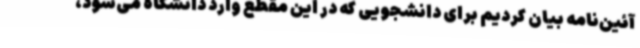
آئین‌نامه بیان کردیم برای دانشجویی که در این مقطع وارد دانشگاه می‌شود،